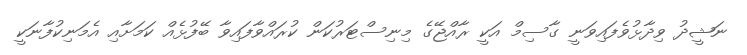
ނަޝީދު ވިދާޅުވެފައިވަނީ ގާސިމް އަކީ ރާއްޖޭގެ މިނިސްޓަރުކަން ކުރައްވާފައިވާ ބޭފުޅެއް ކަމަށާއި އެމަނިކުފާނަކީ